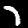
Digit: 7